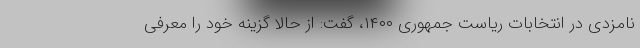
نامزدی در انتخابات ریاست جمهوری ۱۴۰۰، گفت: از حالا گزینه خود را معرفی